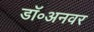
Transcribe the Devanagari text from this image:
डॉ॰अनवर